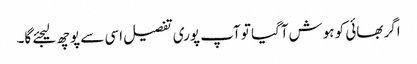
اگر بھائی کو ہوش آگیا تو آپ پوری تفصیل اسی سے پوچھ لیجئے گا۔